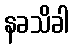
နခသိခါ